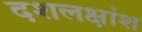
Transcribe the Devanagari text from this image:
दशलक्षांश